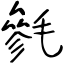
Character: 毿